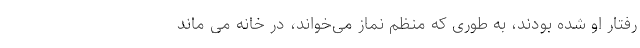
رفتار او شده بودند، به طوری که منظم نماز می‌خواند، در خانه می ماند